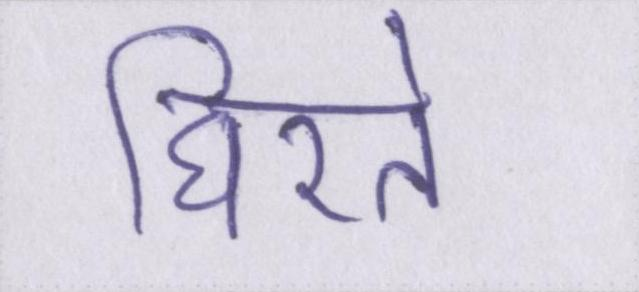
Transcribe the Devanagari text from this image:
घिरते